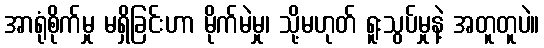
အာရုံစိုက်မှု မရှိခြင်းဟာ မိုက်မဲမှု၊ သို့မဟုတ် ရူးသွပ်မှုနဲ့ အတူတူပဲ။